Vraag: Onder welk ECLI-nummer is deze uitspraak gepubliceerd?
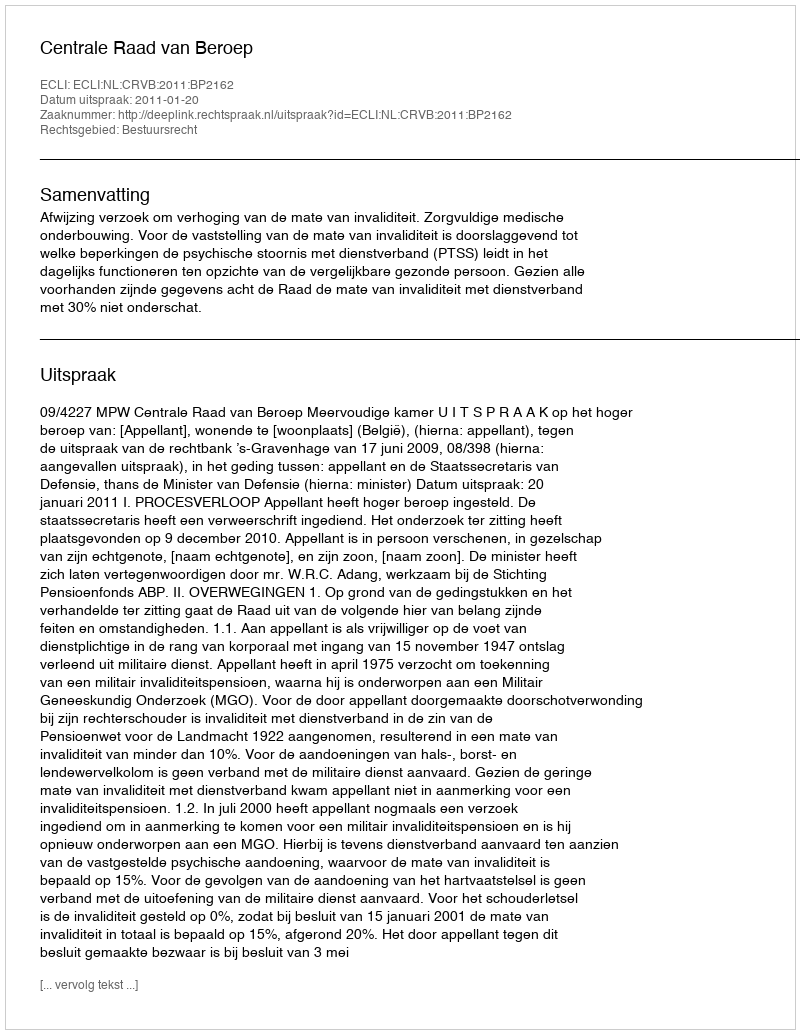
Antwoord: ECLI:NL:CRVB:2011:BP2162